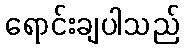
ရောင်းချပါသည်